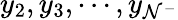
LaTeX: y_{2},y_{3},\cdots,y_{\mathcal{N}^{-}}